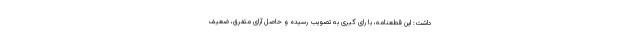
داشت: این قطعنامه، با رای گیری به تصویب رسیده و حاصل آرای متفرق، ضعیف